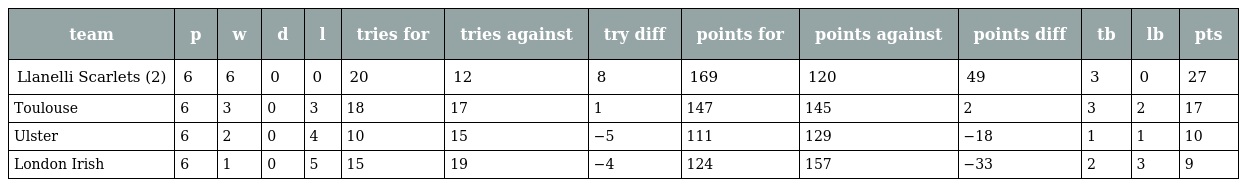
| team | p | w | d | l | tries for | tries against | try diff | points for | points against | points diff | tb | lb | pts |
 | --- | --- | --- | --- | --- | --- | --- | --- | --- | --- | --- | --- | --- | --- |
 | Llanelli Scarlets (2) | 6 | 6 | 0 | 0 | 20 | 12 | 8 | 169 | 120 | 49 | 3 | 0 | 27 |
 | Toulouse | 6 | 3 | 0 | 3 | 18 | 17 | 1 | 147 | 145 | 2 | 3 | 2 | 17 |
 | Ulster | 6 | 2 | 0 | 4 | 10 | 15 | −5 | 111 | 129 | −18 | 1 | 1 | 10 |
 | London Irish | 6 | 1 | 0 | 5 | 15 | 19 | −4 | 124 | 157 | −33 | 2 | 3 | 9 |